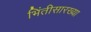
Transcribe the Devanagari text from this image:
भिंतीसारख्या